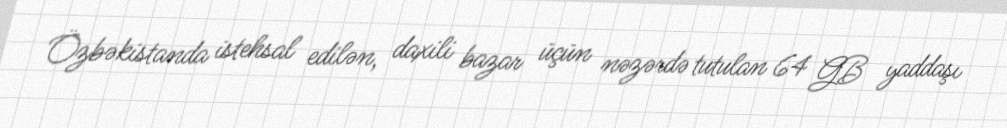
Özbəkistanda istehsal edilən, daxili bazar üçün nəzərdə tutulan 64 GB yaddaşı